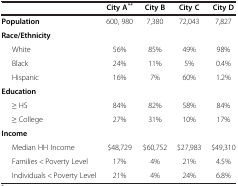
<table><thead><tr><td><b> </b></td><td><b>City A<sup><i>**</i></sup></b></td><td><b>City B</b></td><td><b>City C</b></td><td><b>City D</b></td></tr></thead><tbody><tr><td><b>Population</b></td><td>600, 980</td><td>7,380</td><td>72,043</td><td>7,827</td></tr><tr><td><b>Race/Ethnicity</b></td><td> </td><td> </td><td> </td><td> </td></tr><tr><td>White</td><td>56%</td><td>85%</td><td>49%</td><td>98%</td></tr><tr><td>Black</td><td>24%</td><td>11%</td><td>5%</td><td>0.4%</td></tr><tr><td>Hispanic</td><td>16%</td><td>7%</td><td>60%</td><td>1.2%</td></tr><tr><td><b>Education</b></td><td> </td><td> </td><td> </td><td> </td></tr><tr><td>≥ HS</td><td>84%</td><td>82%</td><td>58%</td><td>84%</td></tr><tr><td>≥ College</td><td>27%</td><td>31%</td><td>10%</td><td>17%</td></tr><tr><td><b>Income</b></td><td> </td><td> </td><td> </td><td> </td></tr><tr><td>Median HH Income</td><td>$48,729</td><td>$60,752</td><td>$27,983</td><td>$49,310</td></tr><tr><td>Families &lt; Poverty Level</td><td>17%</td><td>4%</td><td>21%</td><td>4.5%</td></tr><tr><td>Individuals &lt; Poverty Level</td><td>21%</td><td>4%</td><td>24%</td><td>6.8%</td></tr></tbody></table>